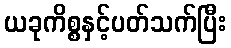
ယခုကိစ္စနှင့်ပတ်သက်ပြီး